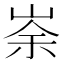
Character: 𡸂